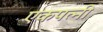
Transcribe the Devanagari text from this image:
एकपत्नी